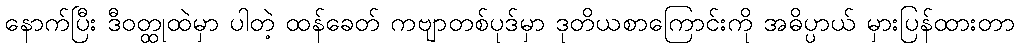
နောက်ပြီး ဒီဝတ္ထုထဲမှာ ပါတဲ့ ထန်ခေတ် ကဗျာတစ်ပုဒ်မှာ ဒုတိယစာကြောင်းကို အဓိပ္ပာယ် မှားပြန်ထားတာ